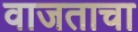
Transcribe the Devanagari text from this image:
वाजताचा